Annual vaccination report of Bihar and Orissa - 1911-1928
Year: 1911
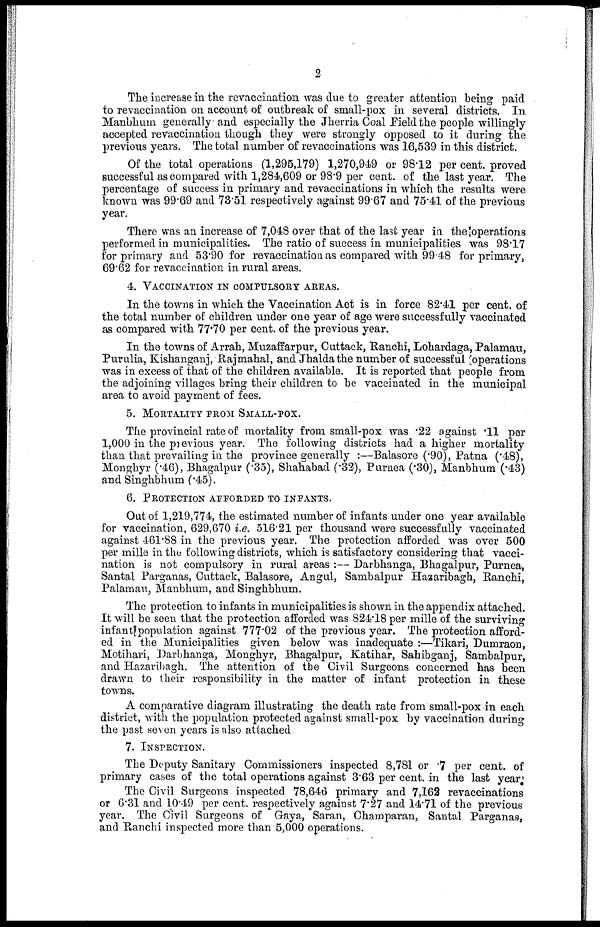
2
The increase in the revaccination was due to greater attention being paid
to revaccination on account of outbreak of small-pox in several districts, In
Manbhum generally and especially the Jherria Coal Field the people willingly
accepted revaccination though they were strongly opposed to it during the
previous years. The total number of revaccinations was 16,539 in this district.
Of the total operations (1,295,179) 1,270,949 or 98.12 per cent. proved
successful as compared with 1,284,609 or 98.9 per cent. of the last year. The
percentage of success in primary and revaccinations in which the results were
known was 99.69 and 73.51 respectively against 99.67 and 75.41 of the previous
year.
There was an increase of 7,048 over that of the last year in the operations
performed in municipalities. The ratio of success in municipalities was 98.17
for primary and 53.90 for revaccination as compared with 99.48 for primary,
69.62 for revaccination in rural areas.
4. VACCINATION IN COMPULSORY AREAS.
In the towns in which the Vaccination Act is in force 82.41 per cent. of
the total number of children under one year of age were successfully vaccinated
as compared with 77.70 per cent. of the previous year.
In the towns of Arrah, Muzaffarpur, Cuttack, Ranchi, Lohardaga, Palamau,
Purulia, Kishanganj, Rajmahal, and Jhalda the number of successful operations
was in excess of that of the children available. It is reported that people from
the adjoining villages bring their children to be vaccinated in the municipal
area to avoid payment of fees.
5. MORTALITY FROM SMALL-POX.
The provincial rate of mortality from small-pox was .22 against .11 per
1,000 in the previous year. The following districts had a higher mortality
than that prevailing in the province generally :—Balasore (.90), Patna (.48),
Monghyr (.46), Bhagalpur (.35), Shahabad (.32), Purnea (.30), Manbhum (.43)
and Singhbhum (.45).
6. PROTECTION AFFORDED TO INFANTS.
Out of 1,219,774, the estimated number of infants under one year available
for vaccination, 629,670 i.e. 516.21 per thousand were successfully vaccinated
against 461.88 in the previous year. The protection afforded was over 500
per mille in the following districts, which is satisfactory considering that vacci-
nation is not compulsory in rural areas :— Darbhanga, Bhagalpur, Purnea,
Santal Parganas, Cuttack, Balasore, Angul, Sambalpur Hazaribagh, Ranchi,
Palamau, Manbhum, and Singhbhum.
The protection to infants in municipalities is shown in the appendix attached.
It will be seen that the protection afforded was 824.18 per mille of the surviving
infant population against 777.02 of the previous year. The protection afford-
ed in the Municipalities given below was inadequate :—Tikari, Dumraon,
Motihari, Darbhanga, Monghyr, Bhagalpur, Katihar, Sahibganj, Sambalpur,
and Hazaribagh. The attention of the Civil Surgeons concerned has been
drawn to their responsibility in the matter of infant protection in these
towns.
A comparative diagram illustrating the death rate from small-pox in each
district, with the population protected against small-pox by vaccination during
the past seven years is also attached
7. INSPECTION.
The Deputy Sanitary Commissioners inspected 8,781 or .7 per cent. of
primary cases of the total operations against 3.63 per cent. in the last years.
The Civil Surgeons inspected 78,646 primary and 7,162 revaccinations
or 6.31 and 10.49 per cent. respectively against 7.27 and 14.71 of the previous
year. The Civil Surgeons of Gaya, Saran, Champaran, Santal Parganas,
and Ranchi inspected more than 5,000 operations.